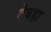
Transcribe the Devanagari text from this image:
देवहा